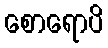
စောရောပိ